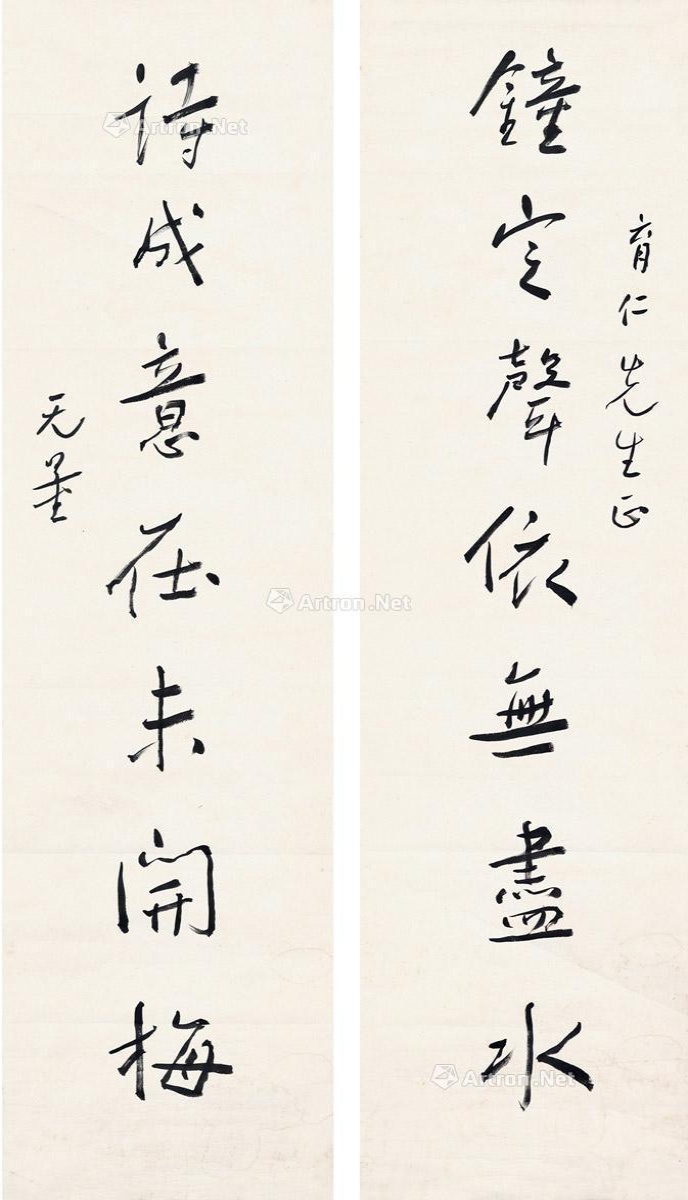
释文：钟定声依无尽水，诗成意在未开梅。育仁先生正，无量。